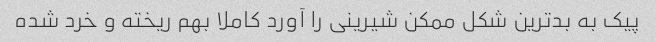
پیک به بدترین شکل ممکن شیرینی را آورد کاملا بهم ریخته و خرد شده